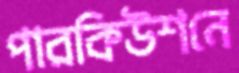
পারকিউশনে